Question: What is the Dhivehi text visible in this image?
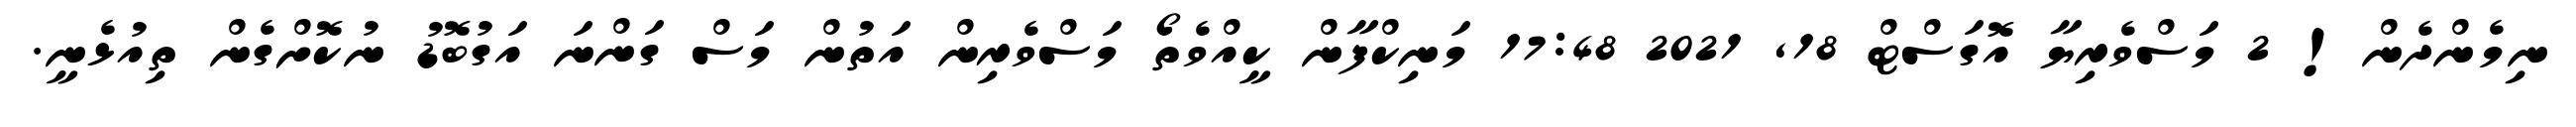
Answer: ނިމެންދެން! 2 މަސްވެރިޔާ އޮގަސްޓް 18, 2021 17:48 މަނިކްފާން ކީއްވެތޯ މަސްވެރިން އަތުން މަސް ގަންނަ އަގުބޮޑު ނުކޮށްގެން ތިއުޅެނީ.